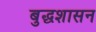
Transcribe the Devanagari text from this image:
बुद्धशासन